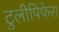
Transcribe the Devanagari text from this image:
टुलीपिफेरा